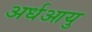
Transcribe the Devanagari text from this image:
अर्धआयु